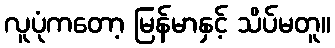
လူပုံကတော့ မြန်မာနှင့် သိပ်မတူ။